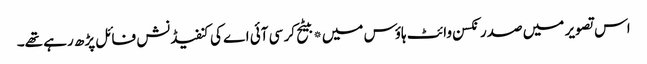
اس تصویر میں صدر نکسن وائٹ ہاؤس میں*بیٹح کر سی آئی اے کی کنفیڈنش فائل پڑھ رہے تھے۔